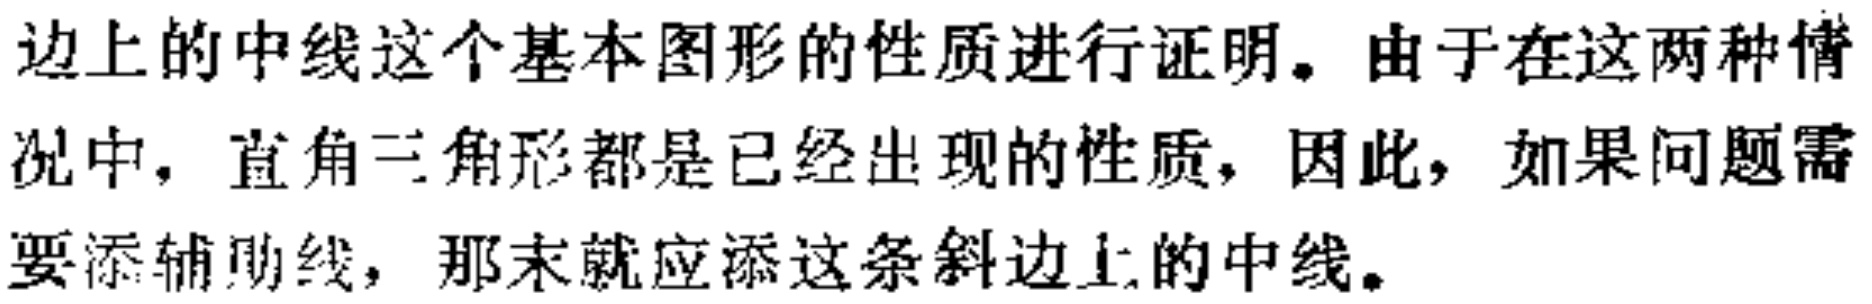
边上的中线这个基本图形的性质进行证明。由于在这两种情况中，直角三角形都是已经出现的性质，因此，如果问题需要添辅助线，那末就应添这条斜边上的中线。